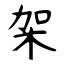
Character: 架